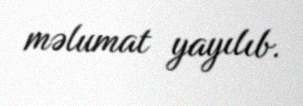
məlumat yayılıb.